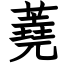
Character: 蕘